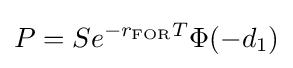
P=Se^{-r_{\mathrm {FOR} }T}\Phi (-d_{1})